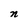
Character: n